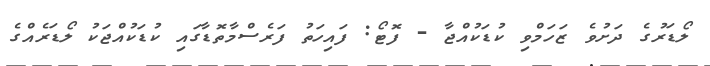
ލޯޑަރުގެ ދަށުވެ ޒަހަމްވި ކުޑަކުއްޖާ - ފޮޓޯ: ފައިހަތު ފަރެސްމާތޮޑާގައި ކުޑަކުއްޖަކު ލޯޑަރެއްގެ